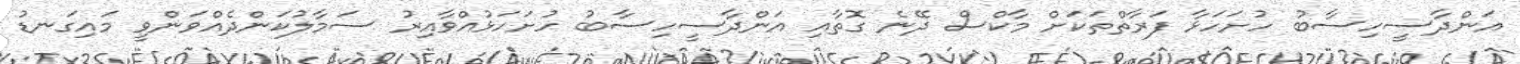
އަންދާސީހިސާބު ހުށަހަޅާ ފަރާތްތަކަށް މާކްސް ދޭނެ ގޮތާއި އަންދާސީހިސާބު ހުށަހަޅުއްވާއިރު ސަމާލުކަންދެއްވަންވީ މައިގަނޑު